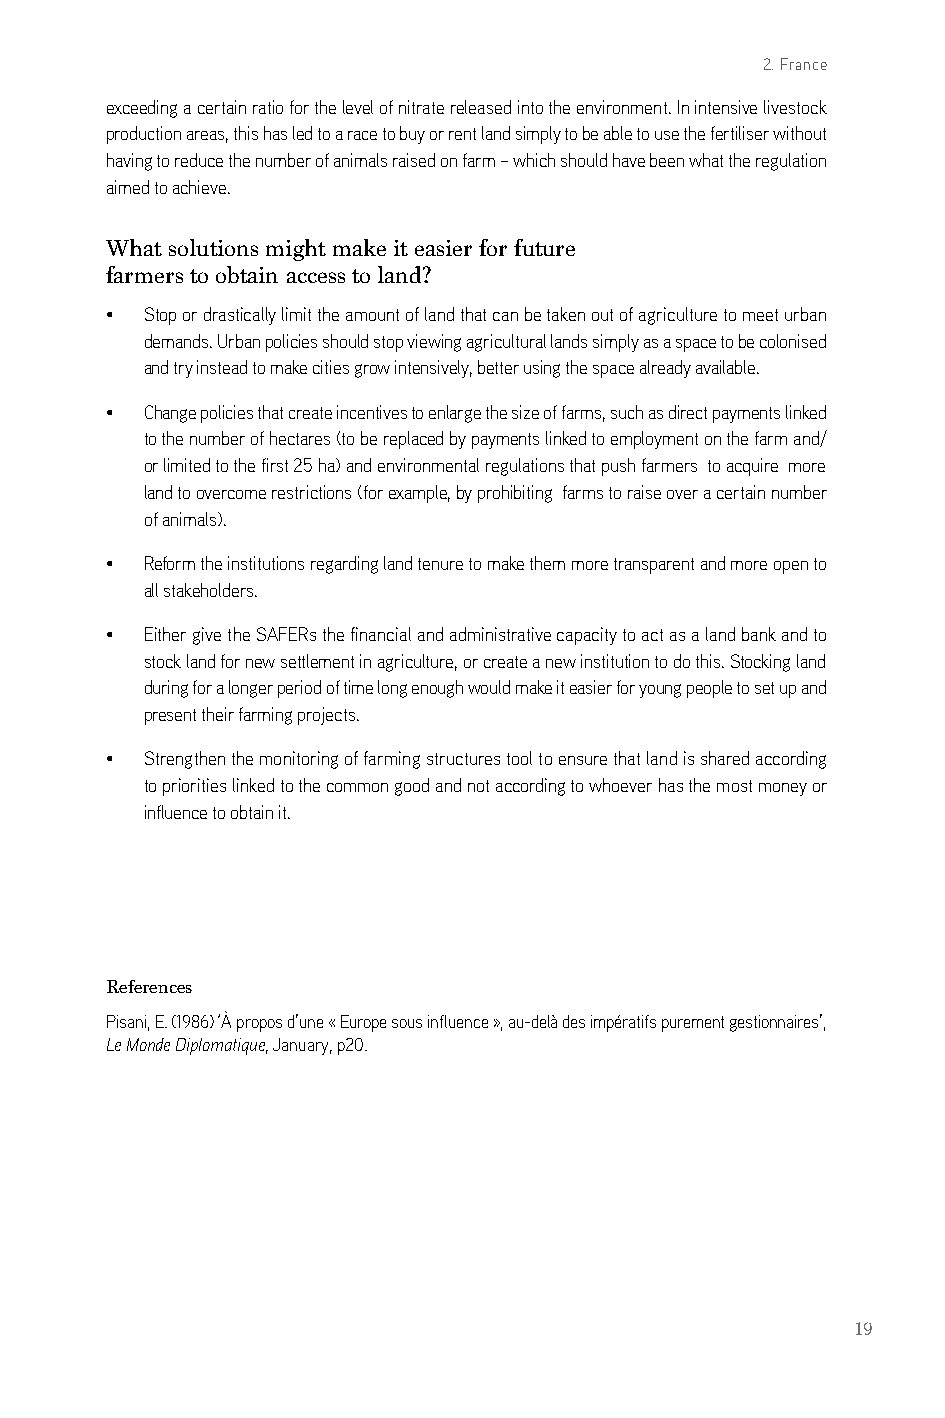
2. France
 exceeding a certain ratio for the level of nitrate released into the environment. in intensive livestock
 production areas, this has led to a race to buy or rent land simply to be able to use the fertiliser without
 having to reduce the number of animals raised on farm – which should have been what the regulation
 aimed to achieve.
 What solutions might make it easier for future
 farmers to obtain access to land?
 •  stop or drastically limit the amount of land that can be taken out of agriculture to meet urban
 demands. Urban policies should stop viewing agricultural lands simply as a space to be colonised
 and try instead to make cities grow intensively, better using the space already available.
 •  change policies that create incentives to enlarge the size of farms, such as direct payments linked
 to the number of hectares (to be replaced by payments linked to employment on the farm and/
 or limited to the first 25 ha) and environmental regulations that push farmers to acquire more
 land to overcome restrictions (for example, by prohibiting farms to raise over a certain number
 of animals).
 •  reform the institutions regarding land tenure to make them more transparent and more open to
 all stakeholders.
 •  either give the saFers the financial and administrative capacity to act as a land bank and to
 stock land for new settlement in agriculture, or create a new institution to do this. stocking land
 during for a longer period of time long enough would make it easier for young people to set up and
 present their farming projects.
 •  strengthen the monitoring of farming structures tool to ensure that land is shared according
 to priorities linked to the common good and not according to whoever has the most money or
 influence to obtain it.
 References
 Pisani, e. (1986) ‘À propos d’une « europe sous influence », au-delà des impératifs purement gestionnaires’,
 Le Monde Diplomatique, January, p20.
 19